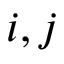
i , j